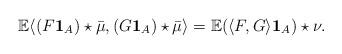
LaTeX: \begin{align*} \mathbb E \langle (F\mathbf 1_{A})\star \bar{\mu} , (G\mathbf 1_{A}) \star \bar{\mu}\rangle = \mathbb E(\langle F, G\rangle\mathbf 1_{A})\star \nu. \end{align*}